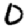
Digit: 0